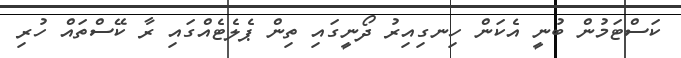
ކަސްޓަމުން ބުނީ އެކަން ހިނގިއިރު ދޯނީގައި ތިން ޕެލެޓެއްގައި ރާ ކޭސްތައް ހުރި